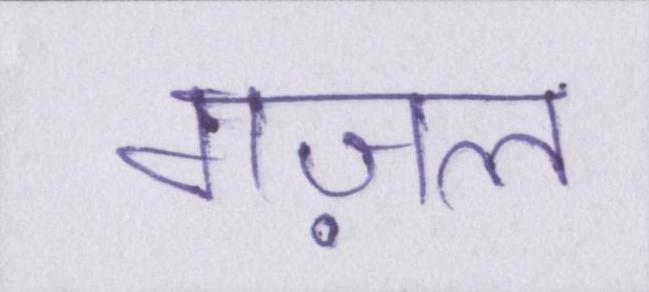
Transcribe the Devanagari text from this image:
गज़ल